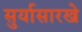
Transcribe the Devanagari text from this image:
सुर्यासारखे